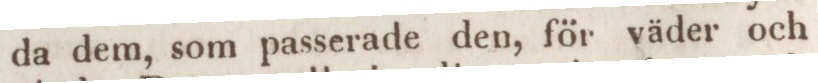
da dem, som passerade den, för väder och